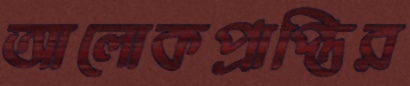
আলোকপ্রাপ্তির